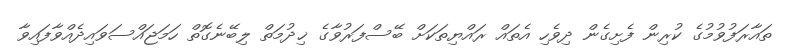
ތައާރަފުވުމުގެ ކުރިން ފެށިގެން ދިވެހި އެތައް ރައްޔިތަކަށް ބޭސްފަރުވާގެ ޚިދުމަތް ލިބޭނެގޮތް ހަމަޖައްސަވައިދެއްވާފައިވާ